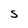
Character: S